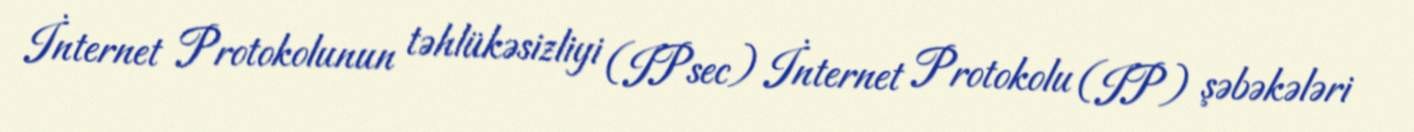
İnternet Protokolunun təhlükəsizliyi (IPsec) İnternet Protokolu (IP) şəbəkələri